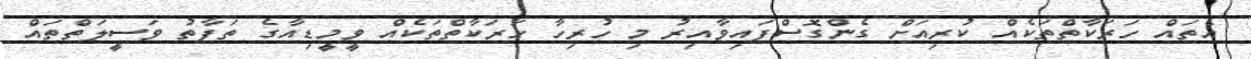
އެތައް ހަރަކާތްތަކެއް ކުރިއަށް ގެންގޮސްފައިވާއިރު މި ހުރިހާ ހަރަކާތްތަކެއް ވީމީޑިއާގެ ތަފާތު ވަސީލަތްތައް